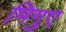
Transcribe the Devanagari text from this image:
मिगुए